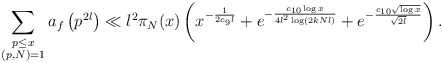
\begin{align*} \sum_{\substack{p \leq x \\ (p,N) = 1}}a_f\left(p^{2l}\right) \ll l^{2}\pi_N(x) \left( x^{- \frac{1}{2 c_{9}l}} + e^{- \frac{c_{10} \log x}{4l^{2} \log (2kNl)}} + e^{- \frac{c_{10} \sqrt{\log x}}{\sqrt{2l}}} \right ). \end{align*}